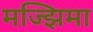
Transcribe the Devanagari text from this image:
मज्झिमा